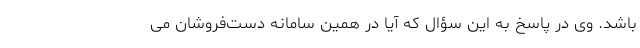
باشد. وی در پاسخ به این سؤال که آیا در همین سامانه دست‌فروشان می‌